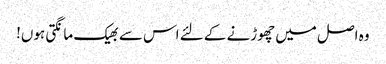
وہ اصل میں چھوڑنے کے لئے اس سے بھیک مانگتی ہوں!